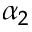
\alpha _ { 2 }